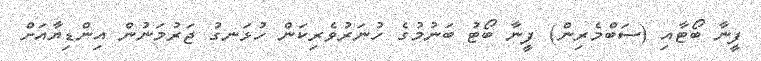
ފީނާ ބޯޓާއި (ސަބްމެރިން) ފީނާ ބޯޓު ބަނުމުގެ ހުނަރުވެރިކަން ހުޅަނގު ޖަރުމަނުން އިންޑިޔާއަށް